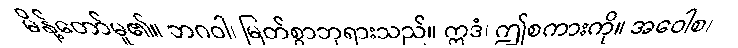
မိန့်တော်မူ၏။ ဘဂဝါ၊ မြတ်စွာဘုရားသည်။ ဣဒံ၊ ဤစကားကို။ အဝေါစ၊